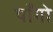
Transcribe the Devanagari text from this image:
पाँगो